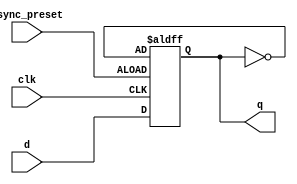
module async_preset_d_ff (
    input wire clk,
    input wire async_preset,
    input wire d,
    output reg q
);

always @ (posedge clk or posedge async_preset) begin
    if (async_preset) begin
        q <= ~q; // Reset to opposite value
    end else begin
        q <= d;
    end
end

endmodule